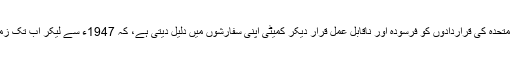
کشمیر کے حوالے سے اقوام متحدہ کی قراردادوں کو فرسودہ اور ناقابل عمل قرار دیکر کمیٹی اپنی سفارشوں میں دلیل دیتی ہے، کہ 1947ء سے لیکر اب تک زمینی حالات تبدیل ہوگئے ہیں۔